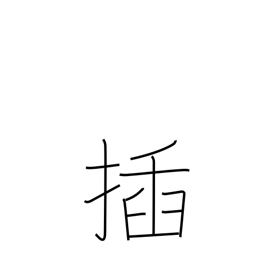
Meaning: stick into